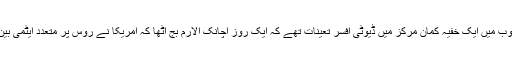
اسٹینسلے پیٹروف ماسکو کے جنوب میں ایک خفیہ کمان مرکز میں ڈیوٹی افسر تعینات تھے کہ ایک روز اچانک الارم بج اٹھا کہ امریکا نے روس پر متعدد ایٹمی بین البراعظمی میزائل داغ دیے ہیں۔